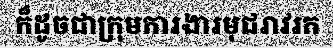
ក៏ដូចជាក្រុមការងារមុជរាវរក